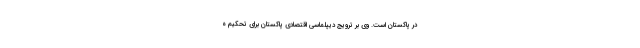
در پاکستان است. وی بر ترویج دیپلماسی اقتصادی پاکستان برای تحکیم ه